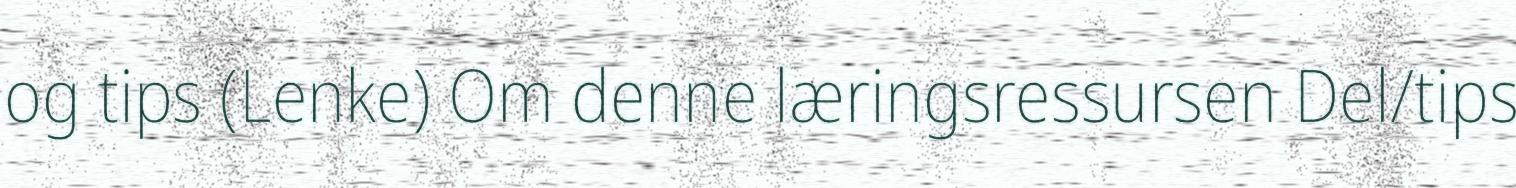
og tips (Lenke) Om denne læringsressursen Del/tips